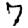
Digit: 7